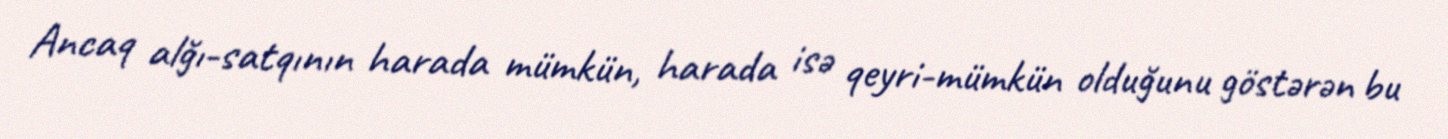
Ancaq alğı-satqının harada mümkün, harada isə qeyri-mümkün olduğunu göstərən bu